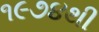
૧૯૭૪થી